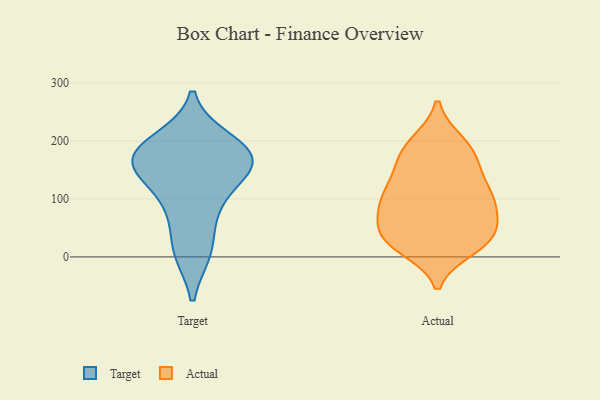
{"axis": {"x": "Active Users", "y": "Value"}, "legend": ["Actual", "Target"], "data": [{"x": "", "y": 10, "type": "Target"}, {"x": "", "y": 168, "type": "Target"}, {"x": "", "y": 178, "type": "Target"}, {"x": "", "y": 190, "type": "Target"}, {"x": "", "y": 10, "type": "Target"}, {"x": "", "y": 152, "type": "Target"}, {"x": "", "y": 172, "type": "Target"}, {"x": "", "y": 152, "type": "Target"}, {"x": "", "y": 200, "type": "Target"}, {"x": "", "y": 91, "type": "Target"}, {"x": "", "y": 148, "type": "Target"}, {"x": "", "y": 81, "type": "Target"}, {"x": "", "y": 103, "type": "Actual"}, {"x": "", "y": 102, "type": "Actual"}, {"x": "", "y": 31, "type": "Actual"}, {"x": "", "y": 196, "type": "Actual"}, {"x": "", "y": 85, "type": "Actual"}, {"x": "", "y": 34, "type": "Actual"}, {"x": "", "y": 105, "type": "Actual"}, {"x": "", "y": 181, "type": "Actual"}, {"x": "", "y": 31, "type": "Actual"}, {"x": "", "y": 166, "type": "Actual"}, {"x": "", "y": 191, "type": "Actual"}, {"x": "", "y": 70, "type": "Actual"}, {"x": "", "y": 84, "type": "Actual"}, {"x": "", "y": 31, "type": "Actual"}, {"x": "", "y": 17, "type": "Actual"}, {"x": "", "y": 128, "type": "Actual"}, {"x": "", "y": 34, "type": "Actual"}, {"x": "", "y": 146, "type": "Actual"}]}